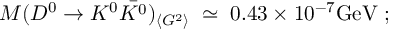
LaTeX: { \cal { M } } ( D ^ { 0 } \rightarrow K ^ { 0 } \bar { K ^ { 0 } } ) _ { \langle G ^ { 2 } \rangle } \; \simeq \; 0 . 4 3 \times 1 0 ^ { - 7 } \mathrm { G e V } \; ;